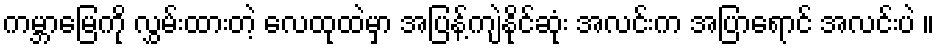
ကမ္ဘာမြေကို လွှမ်းထားတဲ့ လေထုထဲမှာ အပြန့်ကျဲနိုင်ဆုံး အလင်းက အပြာရောင် အလင်းပဲ ။